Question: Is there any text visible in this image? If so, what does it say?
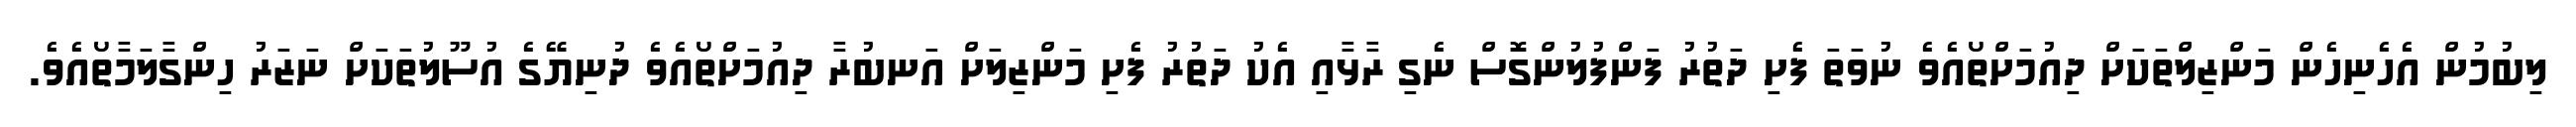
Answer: ލިބުމުން އެހެނިހެން މަންޒިލްތަކަށް ދިއުމަށްތޯއެވެ ނުވަތަ ފެށި ދަތުރު ފަންފުލުންގޮސް ނެގި ރާޅާއި އެކު ދަތުރު ފެށި މަންޒިލަށް އަނބުރާ ދިއުމަށްތޯއެވެ ދުނިޔޭގެ އުސޫލުތަކަށް ނަޒަރު ހިންގާލަމާތޯއެވެ.